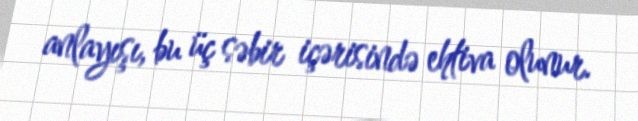
anlayışı, bu üç səbir içərisində ehtiva olunur.